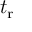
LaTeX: t _ { \mathrm { r } }